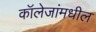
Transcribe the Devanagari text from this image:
कॉलेजांमधील